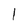
Character: l